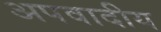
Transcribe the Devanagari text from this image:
अपवादीय